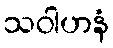
သဝါဟနံ